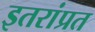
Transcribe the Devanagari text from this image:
इतरांप्रत